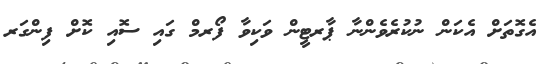
އެގޮތަށް އެކަން ނުކުރެވެންނާ ޕާރޓީން ވަކިވާ ފޯރމް ގައި ސޮއި ކޮށް ފިންގަރ